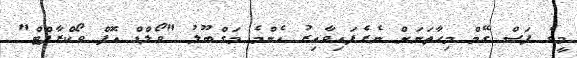
މީގެ ފަސް ގޭމް މިހާތަނަށް ނެރެފައިވާއިރު އެންމެ މަގްބޫލު "ވޯލްޑް އޮފް ވޯކްރާފްޓް"